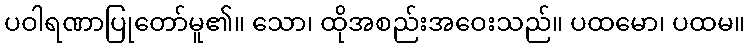
ပဝါရဏာပြုတော်မူ၏။ သော၊ ထိုအစည်းအဝေးသည်။ ပထမော၊ ပထမ။